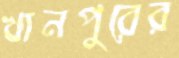
খানপুরের